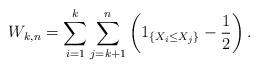
LaTeX: \begin{align*}W_{k, n}=\sum\limits_{i=1}^k\sum\limits_{j=k+1}^n\left(1_{\left\{X_i\leq X_j\right\}}-\frac{1}{2}\right).\end{align*}